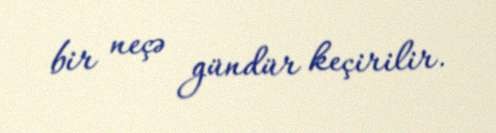
bir neçə gündür keçirilir.